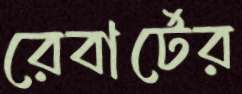
রেবার্টের